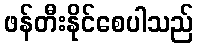
ဖန်တီးနိုင်စေပါသည်